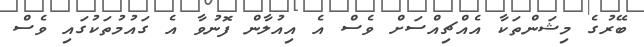
ބޭރުގެ މިޝަންތަކާ އެއްޗިއްސަށް ވެސް އެ އިއުލާން ފޮނުވާ އެ ގައުމުތަކުގައި ވެސް